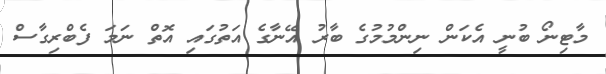
މާޓިނޯ ބުނީ އެކަން ނިންމުމުގެ ބާރު އޭނާގެ އަތުގައި އޮތް ނަމަ ފެބްރިގާސް